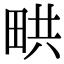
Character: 𤱨